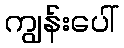
ကျွန်းပေါ်